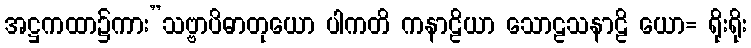
အဋ္ဌကထာ၌ကား”သဗ္ဗာပိဓာတုယော ပါကတိ ကနာဠိယာ သောဠသနာဠိ ယော= ရိုးရိုး